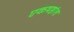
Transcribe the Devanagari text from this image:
एकषष्ठांश